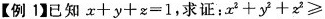
【例1】已知x+y+z=1，求证：x^{2}+y^{2}+z^{2}\geqslant $$